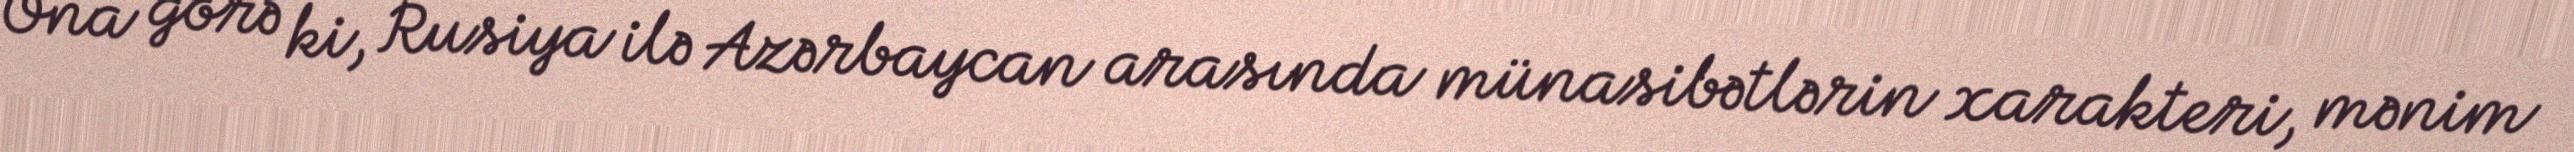
Ona görə ki, Rusiya ilə Azərbaycan arasında münasibətlərin xarakteri, mənim